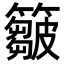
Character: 𥶈